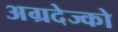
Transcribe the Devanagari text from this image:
अग्रदेज्को